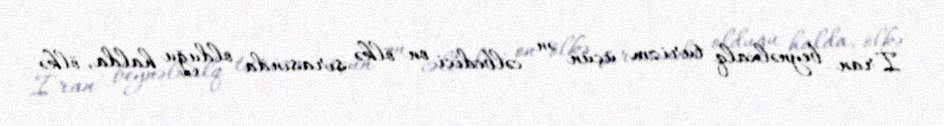
İran beynəlxalq turizm üçün ən cəlbedici on ölkə sırasında olduğu halda, ölkə